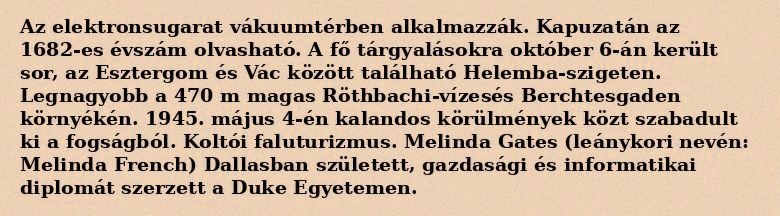
Az elektronsugarat vákuumtérben alkalmazzák. Kapuzatán az 1682-es évszám olvasható. A fő tárgyalásokra október 6-án került sor, az Esztergom és Vác között található Helemba-szigeten. Legnagyobb a 470 m magas Röthbachi-vízesés Berchtesgaden környékén. 1945. május 4-én kalandos körülmények közt szabadult ki a fogságból. Koltói faluturizmus. Melinda Gates (leánykori nevén: Melinda French) Dallasban született, gazdasági és informatikai diplomát szerzett a Duke Egyetemen.